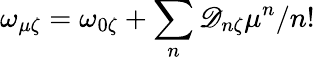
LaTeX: \omega_{\mu\zeta}=\omega_{0\zeta}+\sum_{n}\mathscr{D}_{n\zeta}\mu^{n}/n!